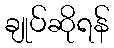
ချုပ်ဆိုရန်